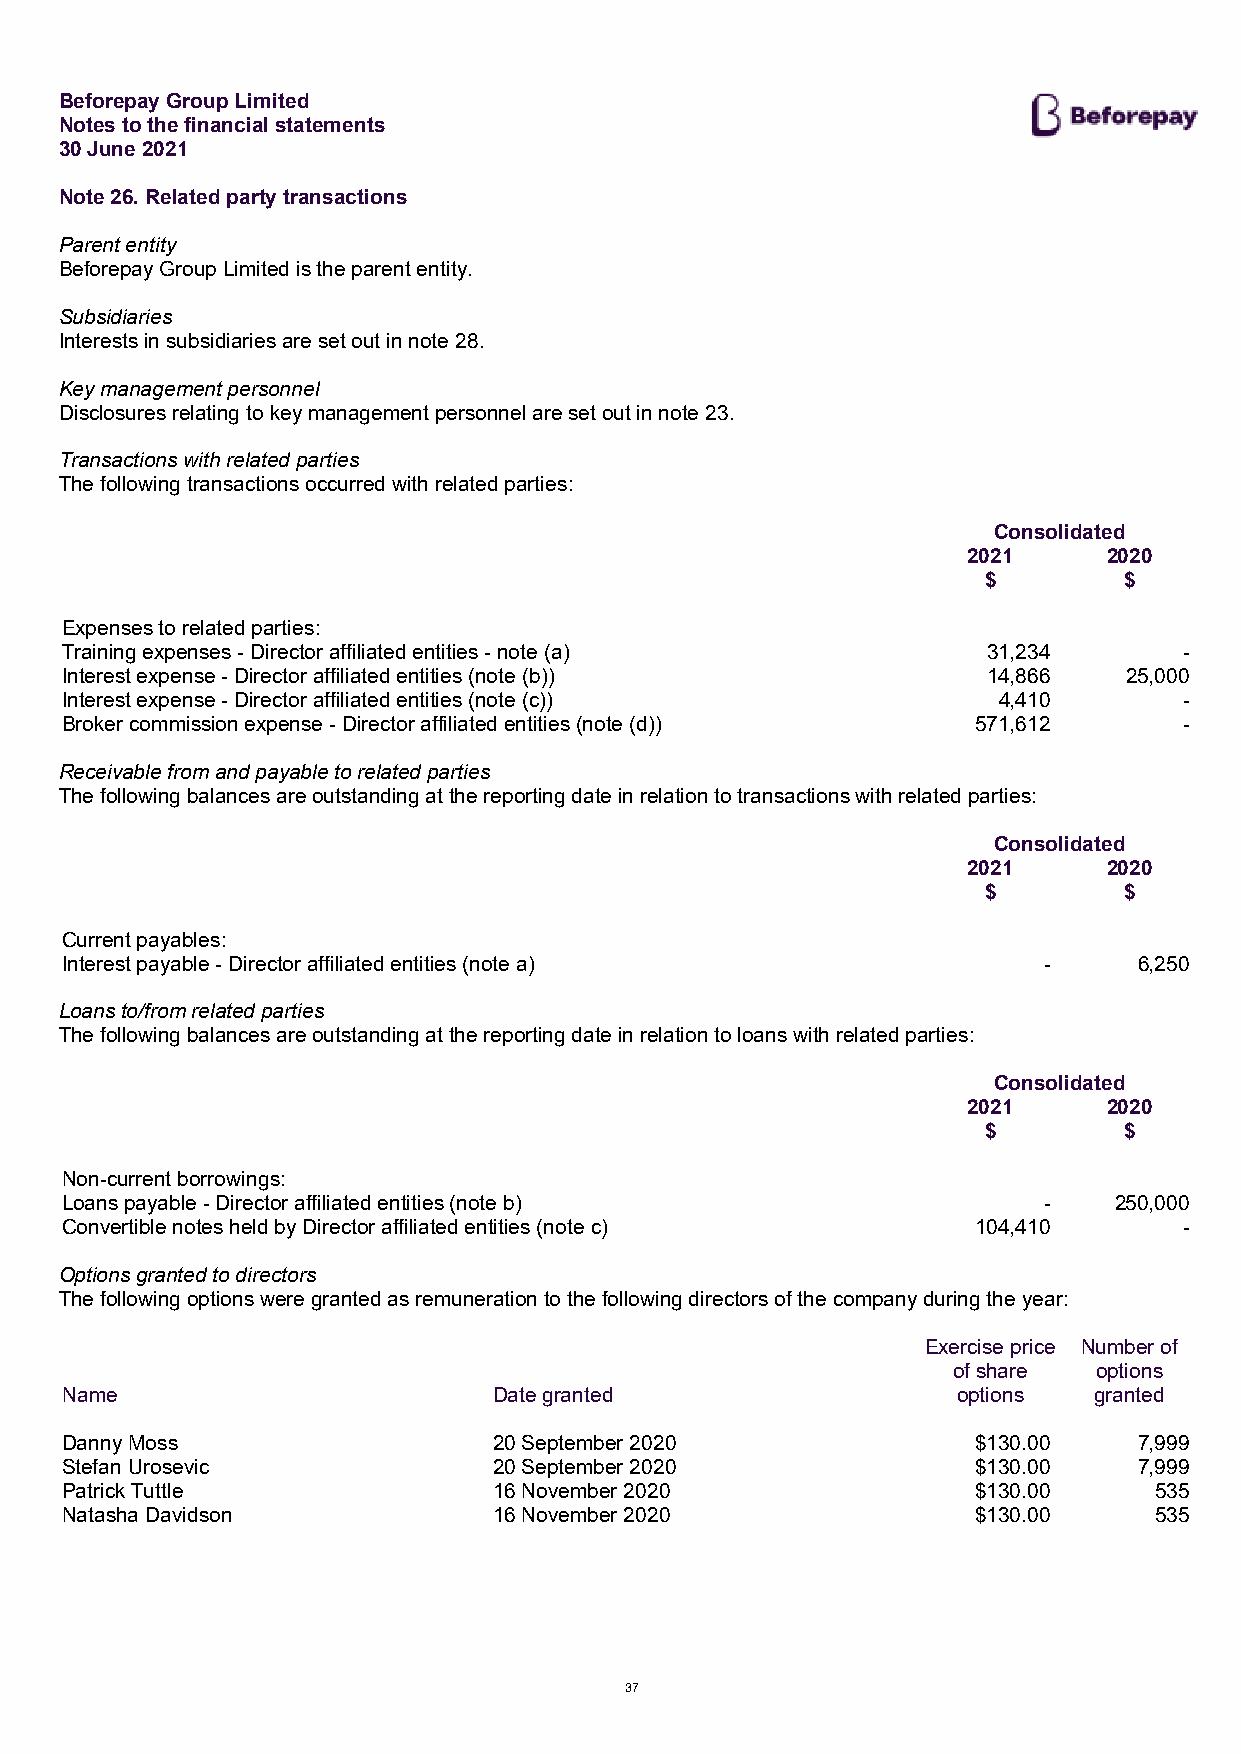
Beforepay Group Limited
 Notes to the financial statements
 30 June 2021
 Note 26. Related party transactions
 Parent entity
 Beforepay Group Limited is the parent entity.
 Subsidiaries
 Interests in subsidiaries are set out in note 28.
 Key management personnel
 Disclosures relating to key management personnel are set out in note 23.
 Transactions with related parties
 The following transactions occurred with related parties:
 Consolidated
 2021     2020
 $        $
 Expenses to related parties:
 Training expenses - Director affiliated entities - note (a)  31,234       -
 Interest expense - Director affiliated entities (note (b))   14,866    25,000
 Interest expense - Director affiliated entities (note (c))    4,410       -
 Broker commission expense - Director affiliated entities (note (d)) 571,612 -
 Receivable from and payable to related parties
 The following balances are outstanding at the reporting date in relation to transactions with related parties:
 Consolidated
 2021     2020
 $        $
 Current payables:
 Interest payable - Director affiliated entities (note a)         -     6,250
 Loans to/from related parties
 The following balances are outstanding at the reporting date in relation to loans with related parties:
 Consolidated
 2021     2020
 $        $
 Non-current borrowings:
 Loans payable - Director affiliated entities (note b)            -    250,000
 Convertible notes held by Director affiliated entities (note c) 104,410   -
 Options granted to directors
 The following options were granted as remuneration to the following directors of the company during the year:
 Exercise price Number of
 of share  options
 Name                         Date granted                  options  granted
 Danny Moss                   20 September 2020               $130.00   7,999
 Stefan Urosevic              20 September 2020               $130.00   7,999
 Patrick Tuttle               16 November 2020                $130.00    535
 Natasha Davidson             16 November 2020                $130.00    535
 37